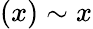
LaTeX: (x)\sim x